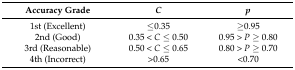
<table><thead><tr><td><b>Accuracy Grade</b></td><td><b><i>C</i></b></td><td><b><i>p</i></b></td></tr></thead><tbody><tr><td>1st (Excellent)</td><td>≤0.35</td><td>≥0.95</td></tr><tr><td>2nd (Good)</td><td>0.35 &lt; <i>C</i> ≤ 0.50</td><td>0.95 &gt; <i>P</i> ≥ 0.80</td></tr><tr><td>3rd (Reasonable)</td><td>0.50 &lt; <i>C</i> ≤ 0.65</td><td>0.80 &gt; <i>P</i> ≥ 0.70</td></tr><tr><td>4th (Incorrect)</td><td>&gt;0.65</td><td>&lt;0.70</td></tr></tbody></table>